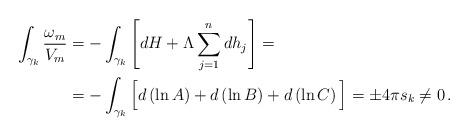
LaTeX: \begin{align*}\int_{\gamma_k}\frac{\omega_m}{V_m}&=-\int_{\gamma_k}\left[dH+\Lambda\sum_{j=1}^n dh_j\right]=\\ &=-\int_{\gamma_k}\Big[d\left(\ln A\right)+d\left(\ln B\right)+d\left(\ln C\right)\Big]=\pm 4\pi s_k\neq 0\,.\end{align*}